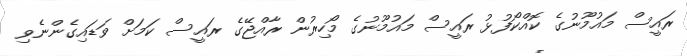
ރައީސް މައުމޫނުގެ ކޮއްކޯފުޅު ރައީސް މައުމޫނުގެ މޯހިރުން ރާއްޖޭގެ ރައީސް ކަމަށް ވަޑައިގެންނެވި